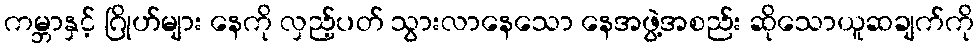
ကမ္ဘာနှင့် ဂြိုဟ်များ နေကို လှည့်ပတ် သွားလာနေသော နေအဖွဲ့အစည်း ဆိုသောယူဆချက်ကို